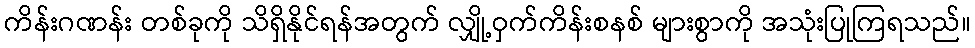
ကိန်းဂဏန်း တစ်ခုကို သိရှိနိုင်ရန်အတွက် လျှို့ဝှက်ကိန်းစနစ် များစွာကို အသုံးပြုကြရသည်။